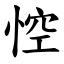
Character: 悾